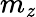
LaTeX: m_{\mathit{z}}